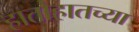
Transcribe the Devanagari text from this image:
हातोहातच्या